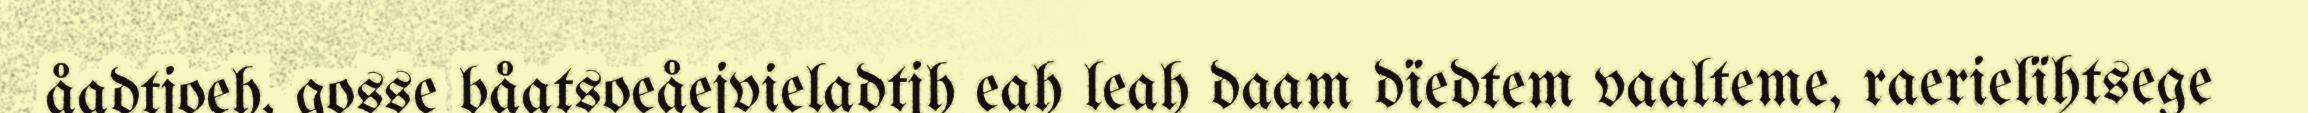
åadtjoeh, gosse båatsoeåejvieladtjh eah leah daam dïedtem vaalteme, raerielïhtsege